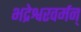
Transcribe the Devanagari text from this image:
भद्रेश्वरवर्मन्